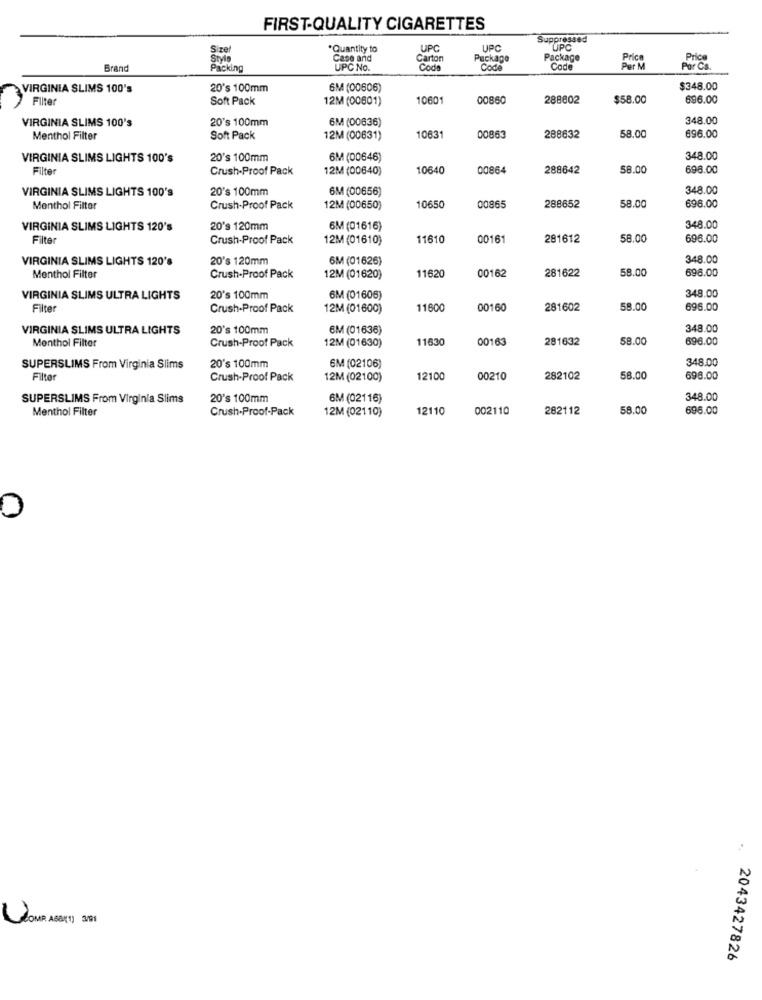
FIRST-QUALITY CIGARETTES
Suppressed
Size
Quantity to
UPC
UPC
UPC
Style
Case and
Carton
Package
Package
Price
Brand
Packing
UPC No.
Code
Code
Code
Pur M
VIRGINIA SLIMS 100's
20's 100mm
6M (00606)
$348.00
Filter
Soft Pack
12M (00601)
10601
00860
288002
$58.00
696.00
VIRGINIA SLIMS 100's
20's 100mm
6M (00636)
348.00
58.00
696.00
Menthol Filter
Soft Pack
12M (00631)
1063
00863
288632
VIRGINIA SLIMS LIGHTS 100's
20's 100mm
6M (00646)
348.00
Filter
Crush-Proof Pack
12M (00640)
10640
00864
288642
58.00
698.00
VIRGINIA SLIMS LIGHTS 100's
20's 100mm
6M (00656)
348.00
58.00
Menthol Filter
Crush-Proof Pack
12M (00650)
10650
00865
288652
696.00
VIRGINIA SLIMS LIGHTS 120's
20's 120mm
6M (01616)
348.00
Filter
Crush-Proof Pack
12M (01610)
11610
00161
281612
58.00
696.00
VIRGINIA SLIMS LIGHTS 120's
20's 120mm
6M (01626)
348.00
00162
281622
58.00
698.00
Menthol Filter
Crush-Proof Pack
12M (01620)
11620
348.00
VIRGINIA SLIMS ULTRA LIGHTS
20's 100mm
6M (01606)
Filter
Crush-Proof Pack
12M (01600)
11600
00160
281602
58.00
696.00
VIRGINIA SLIMS ULTRA LIGHTS
20's 100mm
EM (01636)
348.00
Crush-Proof Pack
11630
00163
281632
58.00
696.00
Menthol Filter
12M (01630)
348.00
SUPERSLIMS From Virginia Slims
20's 100mm
6M (02106)
Filter
Crush-Proof Pack
12M (02100)
12100
00210
282102
58.00
698.00
SUPERSLIMS From Virginia Slims
20's 100mm
6M (02116)
348.00
Menthol Filter
Crush-Proof-Pack
12M (02110)
12110
002110
282112
58.00
696.00
0
..
POMP ABBK1) 391
2043427826